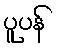
ပူပန်